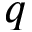
\v { q }